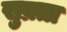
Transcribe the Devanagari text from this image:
सुव्रता